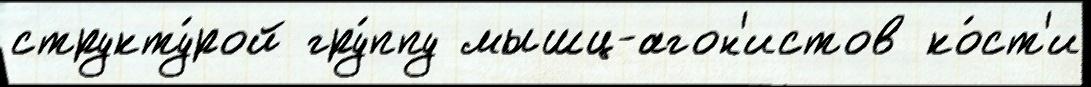
структу́рой гру́ппу мышц-агон'истов ко́ст'и